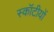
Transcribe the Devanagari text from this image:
स्कॉटीयों